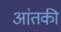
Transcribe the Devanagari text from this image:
आंतकी